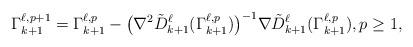
LaTeX: \begin{align*}\Gamma_{k+1}^{\ell,p+1} = \Gamma_{k+1}^{\ell,p} - \big(\nabla^2 \tilde D_{k+1}^{\ell} (\Gamma_{k+1}^{\ell,p}) \big)^{-1} \nabla \tilde D_{k+1}^{\ell}( \Gamma_{k+1}^{\ell,p}), p\ge 1,\end{align*}